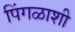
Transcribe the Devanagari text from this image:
पिंगळाशी